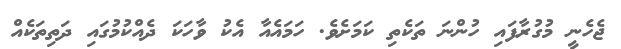
ޖެހެނީ މުގުރާފައި ހުންނަ ތަކެތި ކަމަށެވެ. ހަމައެއާ އެކު ވާހަކަ ދެއްކުމުގައި ދަތިތަކެއް